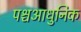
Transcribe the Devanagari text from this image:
पश्चआधुनिक